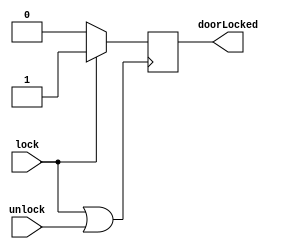
module doorLock(
    input lock,
    input unlock,
    
    output reg doorLocked
);

    always @(posedge lock | unlock) begin
        if (lock)
            doorLocked = 1;
        else
            doorLocked = 0;
    end

endmodule